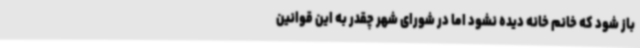
باز شود که خانم خانه دیده نشود اما در شورای شهر چقدر به این قوانین